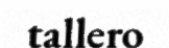
tallero